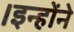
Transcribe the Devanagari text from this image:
।इन्हाेंने